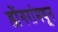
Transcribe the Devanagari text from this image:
डोंगरांमधून